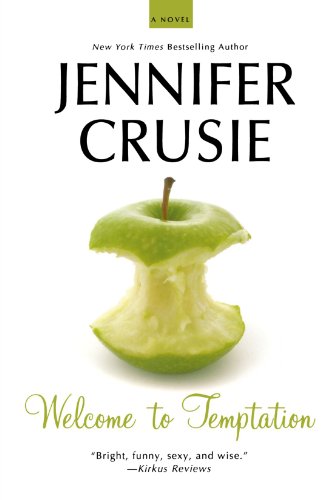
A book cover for Welcome to Temptation; Jennifer Crusie; Humor & Entertainment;